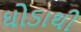
ઘોડાથી